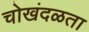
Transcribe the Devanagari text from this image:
चोखंदळता